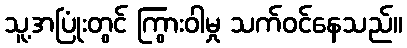
သူ့အပြုံးတွင် ကြွားဝါမှု သက်ဝင်နေသည်။